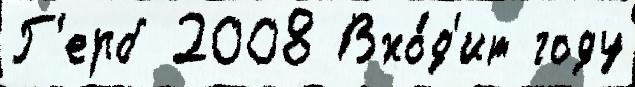
Г'ерб 2008 Вхо́д'ит году